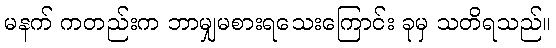
မနက် ကတည်းက ဘာမျှမစားရသေးကြောင်း ခုမှ သတိရသည်။